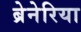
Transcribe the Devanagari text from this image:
ब्रेनेरिया